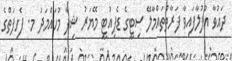
ދައުވާ އުފުލާފައިވާ ފަރާތްތައްމާލޭ ސިޓީގެ ޑެޕިއުޓީ މޭޔަރު ޝިފާ މުހައްމަދު މ. ފެހިފަތްގެ